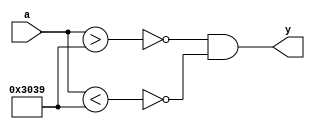
module example001(a, y);

input [15:0] a;
output y;

wire gt = a > 12345;
wire lt = a < 12345;
assign y = !gt && !lt;

endmodule